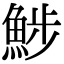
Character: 𩷖